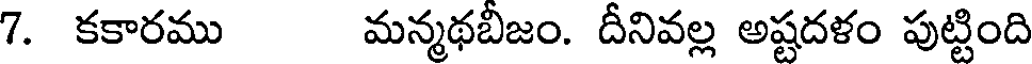
7. కకారము మన్మథబిజం. దీనివల్ల అష్టదళం పుట్టింది